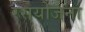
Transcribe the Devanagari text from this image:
रसयोजना